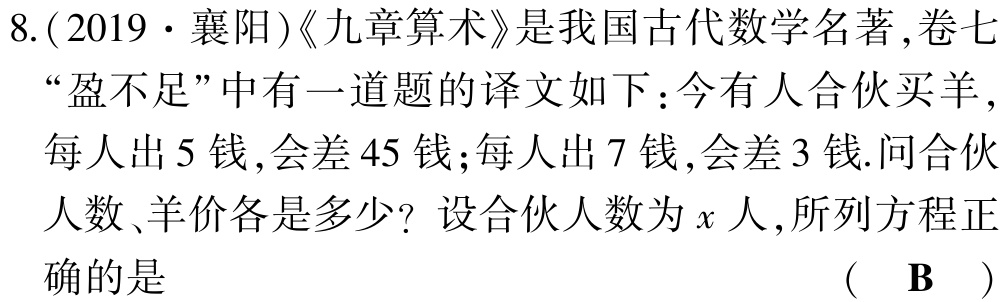
8.(2019·襄阳)《九章算术》是我国古代数学名著,卷七“盈不足”中有一道题的译文如下：今有人合伙买羊,每人出5钱,会差45钱;每人出7钱,会差3钱.问合伙人数、羊价各是多少？设合伙人数为\(x\)人,所列方程正确的是（ B ）